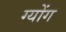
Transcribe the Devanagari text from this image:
ग्योंग